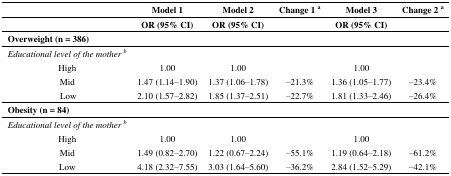
<table><thead><tr><td></td><td><b>Model 1</b></td><td><b>Model 2</b></td><td><b>Change 1 <sup>a</sup></b></td><td><b>Model 3</b></td><td><b>Change 2 <sup>a</sup></b></td></tr><tr><td></td><td><b>OR (95% CI)</b></td><td><b>OR (95% CI)</b></td><td></td><td><b>OR (95% CI)</b></td><td></td></tr></thead><tbody><tr><td colspan="6"><b>Overweight (n = 386)</b></td></tr><tr><td><i>Educational level of the mother <sup>b</sup></i></td><td></td><td></td><td></td><td></td><td></td></tr><tr><td>High</td><td>1.00</td><td>1.00</td><td></td><td>1.00</td><td></td></tr><tr><td>Mid</td><td>1.47 (1.14–1.90)</td><td>1.37 (1.06–1.78)</td><td>–21.3% </td><td>1.36 (1.05–1.77)</td><td>–23.4% </td></tr><tr><td>Low</td><td>2.10 (1.57–2.82)</td><td>1.85 (1.37–2.51)</td><td>–22.7% </td><td>1.81 (1.33–2.46)</td><td>–26.4% </td></tr><tr><td colspan="6"><b>Obesity (n = 84)</b></td></tr><tr><td><i>Educational level of the mother <sup>b</sup></i></td><td></td><td></td><td></td><td></td><td></td></tr><tr><td>High</td><td>1.00</td><td>1.00</td><td></td><td>1.00</td><td></td></tr><tr><td>Mid</td><td>1.49 (0.82–2.70)</td><td>1.22 (0.67–2.24)</td><td>–55.1% </td><td>1.19 (0.64–2.18)</td><td>–61.2% </td></tr><tr><td>Low</td><td>4.18 (2.32–7.55)</td><td>3.03 (1.64–5.60)</td><td>–36.2% </td><td>2.84 (1.52–5.29)</td><td>–42.1% </td></tr></tbody></table>